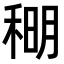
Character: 𫀹